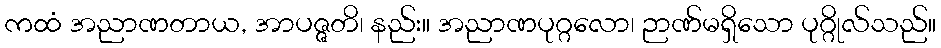
ကထံ အညာဏတာယ, အာပဇ္ဇတိ၊ နည်း။ အညာဏပုဂ္ဂလော၊ ဉာဏ်မရှိသော ပုဂ္ဂိုလ်သည်။